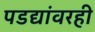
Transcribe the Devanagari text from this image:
पडद्यांवरही